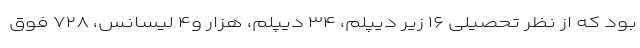
بود که از نظر تحصیلی ۱۶ زیر دیپلم، ۳۴ دیپلم، هزار و۴ لیسانس، ۷۲۸ فوق